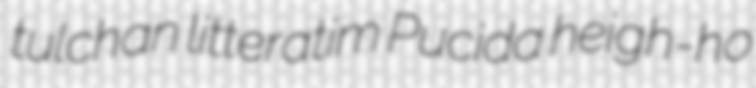
tulchan litteratim Pucida heigh-ho